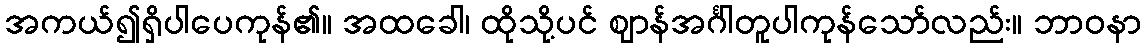
အကယ်၍ရှိပါပေကုန်၏။ အထခေါ၊ ထိုသို့ပင် ဈာန်အင်္ဂါတူပါကုန်သော်လည်း။ ဘာဝနာ